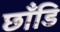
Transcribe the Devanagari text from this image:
छाँडि